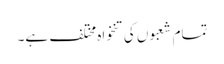
تمام شعبوں کی تنخواہ مختلف ہے۔